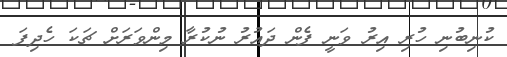
ކުނިބުނި ހުރި އިރު ވަނީ ފެން ދައުރު ނުކުރާ މިންވަރަށް ޗަކަ ހެދިފަ